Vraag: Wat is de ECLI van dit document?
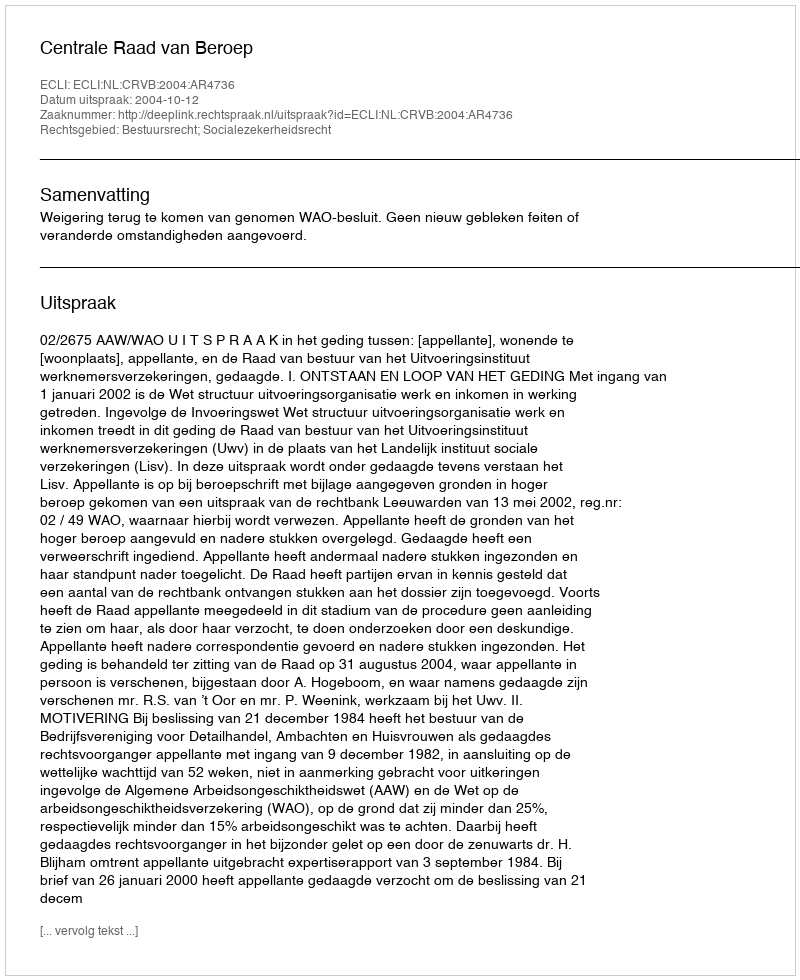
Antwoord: ECLI:NL:CRVB:2004:AR4736